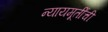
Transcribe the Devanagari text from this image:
न्यायमूर्तींची